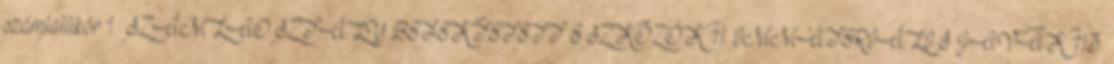
számlatükör 1. SZÁMLAOSZTÁLY BEFEKTETETT ESZKÖZÖK 11. IMMATERIÁLIS JAVAK 113.